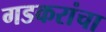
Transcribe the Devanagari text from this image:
गडकरांचा